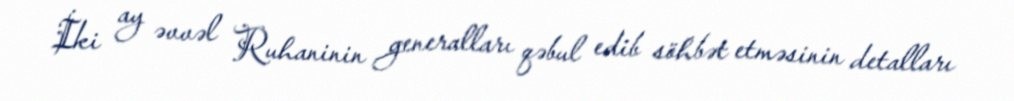
İki ay əvvəl Ruhaninin generalları qəbul edib söhbət etməsinin detalları